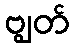
ဗျွတ်